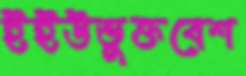
ইইউভুক্তবেশ